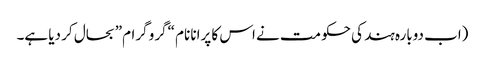
(اب دوبارہ ہند کی حکومت نے اس کا پرانا نام “گرو گرام” بحال کر دیا ہے۔